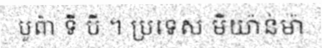
បូព៌ា ទី បី ។ ប្រទេស មីយ៉ាន់ម៉ា